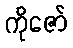
ကိုဇော်